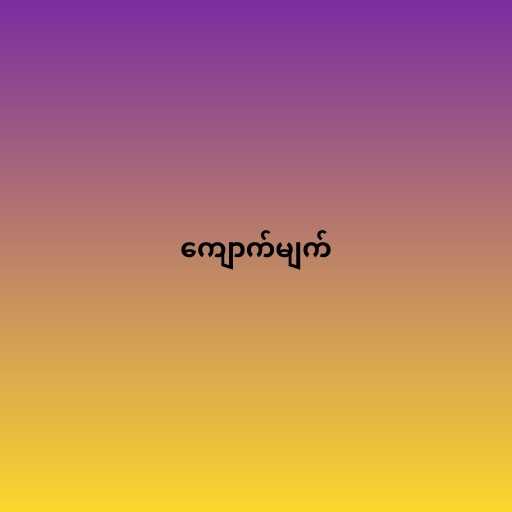
ကျောက်မျက်